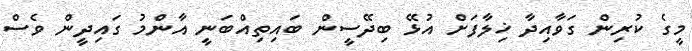
މީގެ ކުރިން ގަވާއިދާ ޚިލާފަށް އުޅޭ ބިދޭސީން ބައިތިއްބަނީ އާންމު ގައިދީން ވެސް